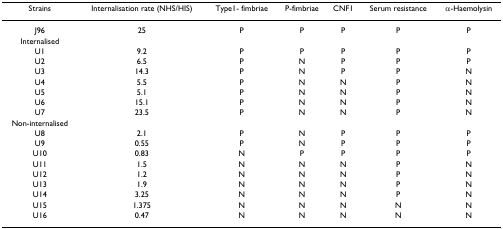
| Strains | Internalisation rate (NHS/HIS) | Type1- fimbriae | P-fimbriae | CNF1 | Serum resistance | α-Haemolysin |
 | --- | --- | --- | --- | --- | --- | --- |
 | J96 | 25 | P | P | P | P | P |
 | Internalised |  |  |  |  |  |  |
 | U1 | 9.2 | P | P | P | P | P |
 | U2 | 6.5 | P | N | P | P | P |
 | U3 | 14.3 | P | N | P | P | N |
 | U4 | 5.5 | P | N | N | P | N |
 | U5 | 5.1 | P | N | N | P | N |
 | U6 | 15.1 | P | N | N | P | N |
 | U7 | 23.5 | P | N | N | P | N |
 | Non-internalised |  |  |  |  |  |  |
 | U8 | 2.1 | P | N | P | P | P |
 | U9 | 0.55 | P | N | P | P | P |
 | U10 | 0.83 | N | P | P | P | P |
 | U11 | 1.5 | N | N | N | P | N |
 | U12 | 1.2 | N | N | N | P | N |
 | U13 | 1.9 | N | N | N | P | N |
 | U14 | 3.25 | N | N | N | P | N |
 | U15 | 1.375 | N | N | N | N | N |
 | U16 | 0.47 | N | N | N | N | N |